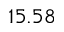
1 5 . 5 8